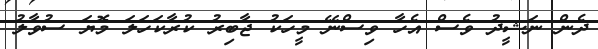
ދެން ނަޝީދު ވެސް އެހާ ވިސްނޭ މީހަކު ޖާބިރު ކުރާކަހަލަ މޮޔަ ސުވާލު